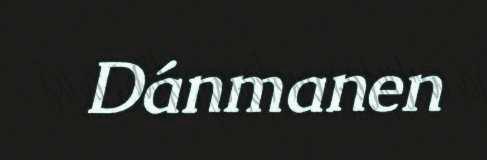
Dánmanen